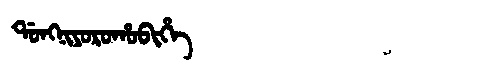
Manchu: ᡩᠣᠩᠨᡳᠶᠣᡵᠣᡥᠣᠪᡳᡥᡝ
Romanization: DONGNIYOROHOBIHE